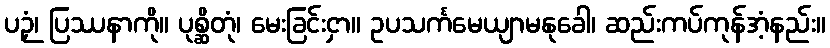
ပဉှံ၊ ပြဿနာကို။ ပုစ္ဆိတုံ၊ မေးခြင်းငှာ။ ဥပသင်္ကမေယျာမနုခေါ၊ ဆည်းကပ်ကုန်အံ့နည်း။